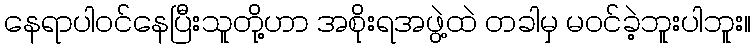
နေရာပါဝင်နေပြီးသူတို့ဟာ အစိုးရအဖွဲ့ထဲ တခါမှ မဝင်ခဲ့ဘူးပါဘူး။